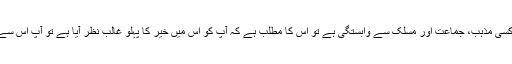
اگر آپ کی کسی مذہب، جماعت اور مسلک سے وابستگی ہے تو اس کا مطلب ہے کہ آپ کو اس میں خیر کا پہلو غالب نظر آیا ہے تو آپ اس سے وابستہ ہیں۔